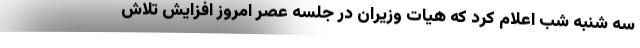
سه شنبه شب اعلام کرد که هیات وزیران در جلسه عصر امروز افزایش تلاش